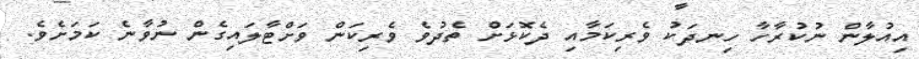
އިއުލާން ނުކުރާހާ ހިނދަކު ވެރިކަމާއި ދެކޮޅަށް ތެދުވެ ވެރިކަން ވަށްޓާލައިގެން ނުވާނެ ކަމަށެވެ.